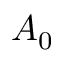
A _ { 0 }